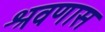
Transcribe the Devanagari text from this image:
श्रवणास